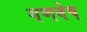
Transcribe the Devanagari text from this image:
गणवेष